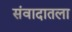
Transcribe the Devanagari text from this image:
संवादातला